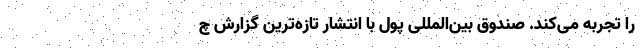
را تجربه می‌کند. صندوق بین‌المللی پول با انتشار تازه‌ترین گزارش چ